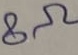
Text: 8Ω